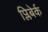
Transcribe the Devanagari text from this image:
प्लिबेर्क